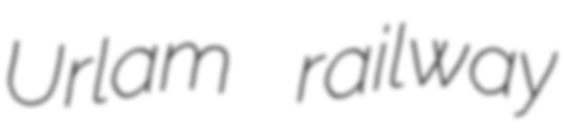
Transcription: Urlam railway